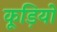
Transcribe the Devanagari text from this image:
कूड़ियों